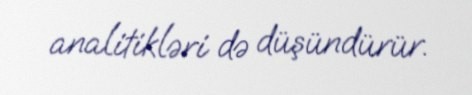
analitikləri də düşündürür.